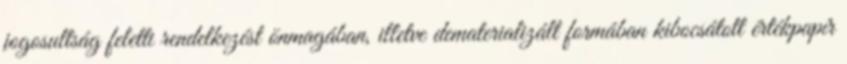
jogosultság feletti rendelkezést önmagában, illetve dematerializált formában kibocsátott értékpapír